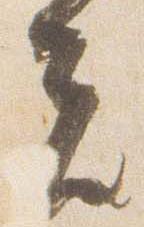
夫